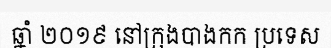
ឆ្នាំ ២០១៩ នៅក្រុងបាងកក ប្រទេស